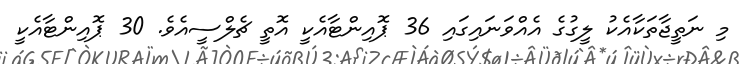
މި ނަތީޖާތަކާއެކު ލީގުގެ އެއްވަނައިގައި 36 ޕޮއިންޓާއެކީ އޮތީ ޗެލްސީއެވެ. 30 ޕޮއިންޓާއެކީ